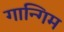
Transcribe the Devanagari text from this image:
गान्गिम